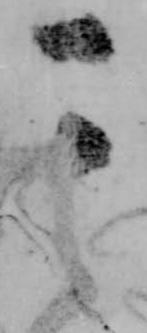
其